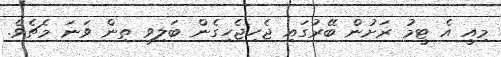
މިއީ އެ ޓީމު ރަށުން ބޭރުގައި ޖެހިޖެހިގެން ބަލިވި ތިން ވަނަ މެޗެވެ.